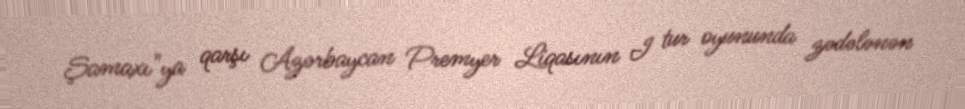
Şamaxı"ya qarşı Azərbaycan Premyer Liqasının I tur oyununda zədələnən